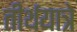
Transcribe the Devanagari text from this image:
तीर्थयात्रे